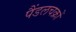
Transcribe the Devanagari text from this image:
पैंडलचक्रों